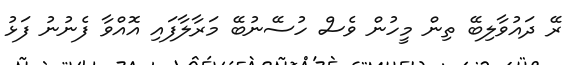
ރޭ ދައުވާލިބޭ ތިން މީހުން ވެސް ހުސޭނުބޭ މަރާލާފައި އޮއްވާ ފެނުނު ފަޅު